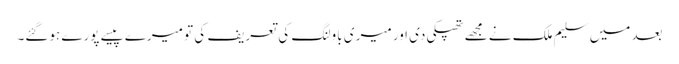
بعد میں سلیم ملک نے مجھے تھپکی دی اور میری باولنگ کی تعریف کی تو میرے پیسے پورے ہوگئے۔